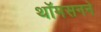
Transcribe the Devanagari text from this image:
थॉमसनने